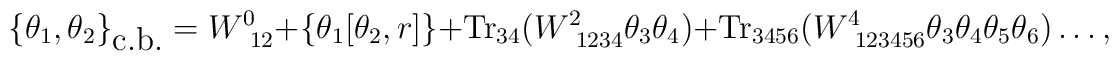
\{\theta_1,\theta_2\}_{\mbox{c.b.}}=W^{0}_{~12}+ \left\{\theta_1[\theta_2,r]\right\}+\mbox{Tr}_{34}(W^2_{~1234}\theta_3\theta_4)+\mbox{Tr}_{3456}(W^4_{~123456}\theta_3\theta_4\theta_5\theta_6)\ldots,